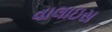
વાલાઇસ